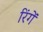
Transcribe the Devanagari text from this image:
रिंगें